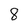
Character: 8